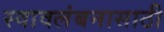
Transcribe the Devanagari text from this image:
स्वावलंबनासाठी